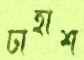
ঢাহাশ